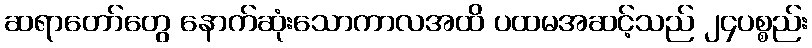
ဆရာတော်တွေ နောက်ဆုံးသောကာလအထိ ပထမအဆင့်သည် ၂၄ပစ္စည်း